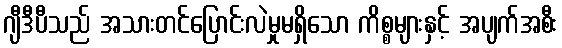
ဂျီဒီပီသည် အသားတင်ပြောင်းလဲမှုမရှိသော ကိစ္စများနှင့် အပျက်အစီး